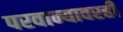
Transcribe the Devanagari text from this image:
परवान्यावरही